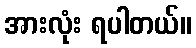
အားလုံး ရပါတယ်။